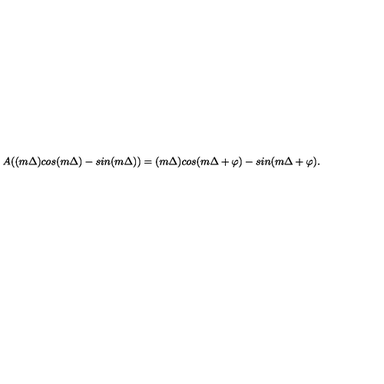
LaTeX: A ( ( m \Delta ) c o s ( m \Delta ) - s i n ( m \Delta ) ) = ( m \Delta ) c o s ( m \Delta + \varphi ) - s i n ( m \Delta + \varphi ) .